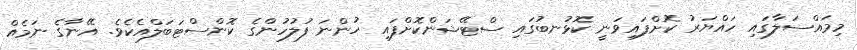
މިމައްސަލާގައި ހައްޔަރު ކޮށްފައިވަނީ ކޮޅުނބުގައި ސްޓޭޝަންކޮށްފައި ހުންނަ ފުލުހުންގެ ކޮންސްޓަބަލްއެކެވެ. އޭނާގެ ނަމެއް